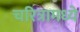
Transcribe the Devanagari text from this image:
चरित्रामध्ये